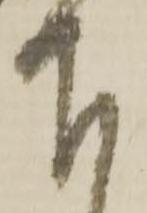
下